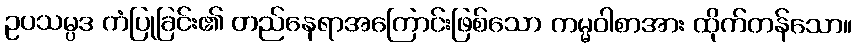
ဥပသမ္ပဒ ကံပြုခြင်း၏ တည်နေရာအကြောင်းဖြစ်သော ကမ္မဝါစာအား ထိုက်တန်သော။